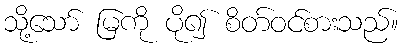
သို့သော် မြကို ပို၍ စိတ်ဝင်စားသည်။